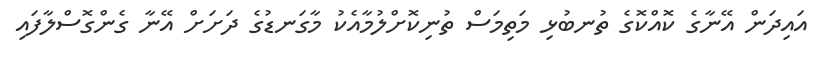
އައިދަން އޭނާގެ ކޮއްކޮގެ ތުނބުޅި މަތިމަސް ތުނިކޮށްލުމާއެކު މާގަނޑުގެ ދަށަށް އޭނާ ގެންގޮސްލާފައި